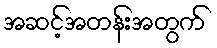
အဆင့်အတန်းအတွက်